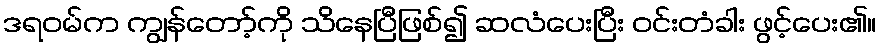
ဒရဝမ်က ကျွန်တော့်ကို သိနေပြီဖြစ်၍ ဆလံပေးပြီး ဝင်းတံခါး ဖွင့်ပေး၏။